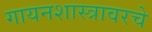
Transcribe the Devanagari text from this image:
गायनशास्त्रावरचे